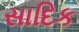
સાદિક